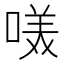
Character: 𭉋